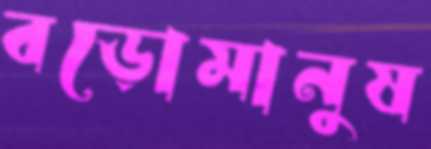
বড়োমানুষ